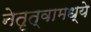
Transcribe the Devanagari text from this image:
नेतृत्वामध्ये